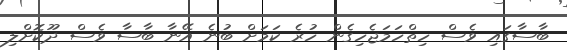
ބާސާގައި ވެސް ހިތްހަމަޖެހިގެން ހުރެ ކަމަށް ބުނެ އޭނާ ބާސާ ވެސް ދޫކޮށްލި